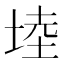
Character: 𭎩